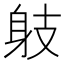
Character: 𨈛